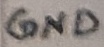
Text: GND